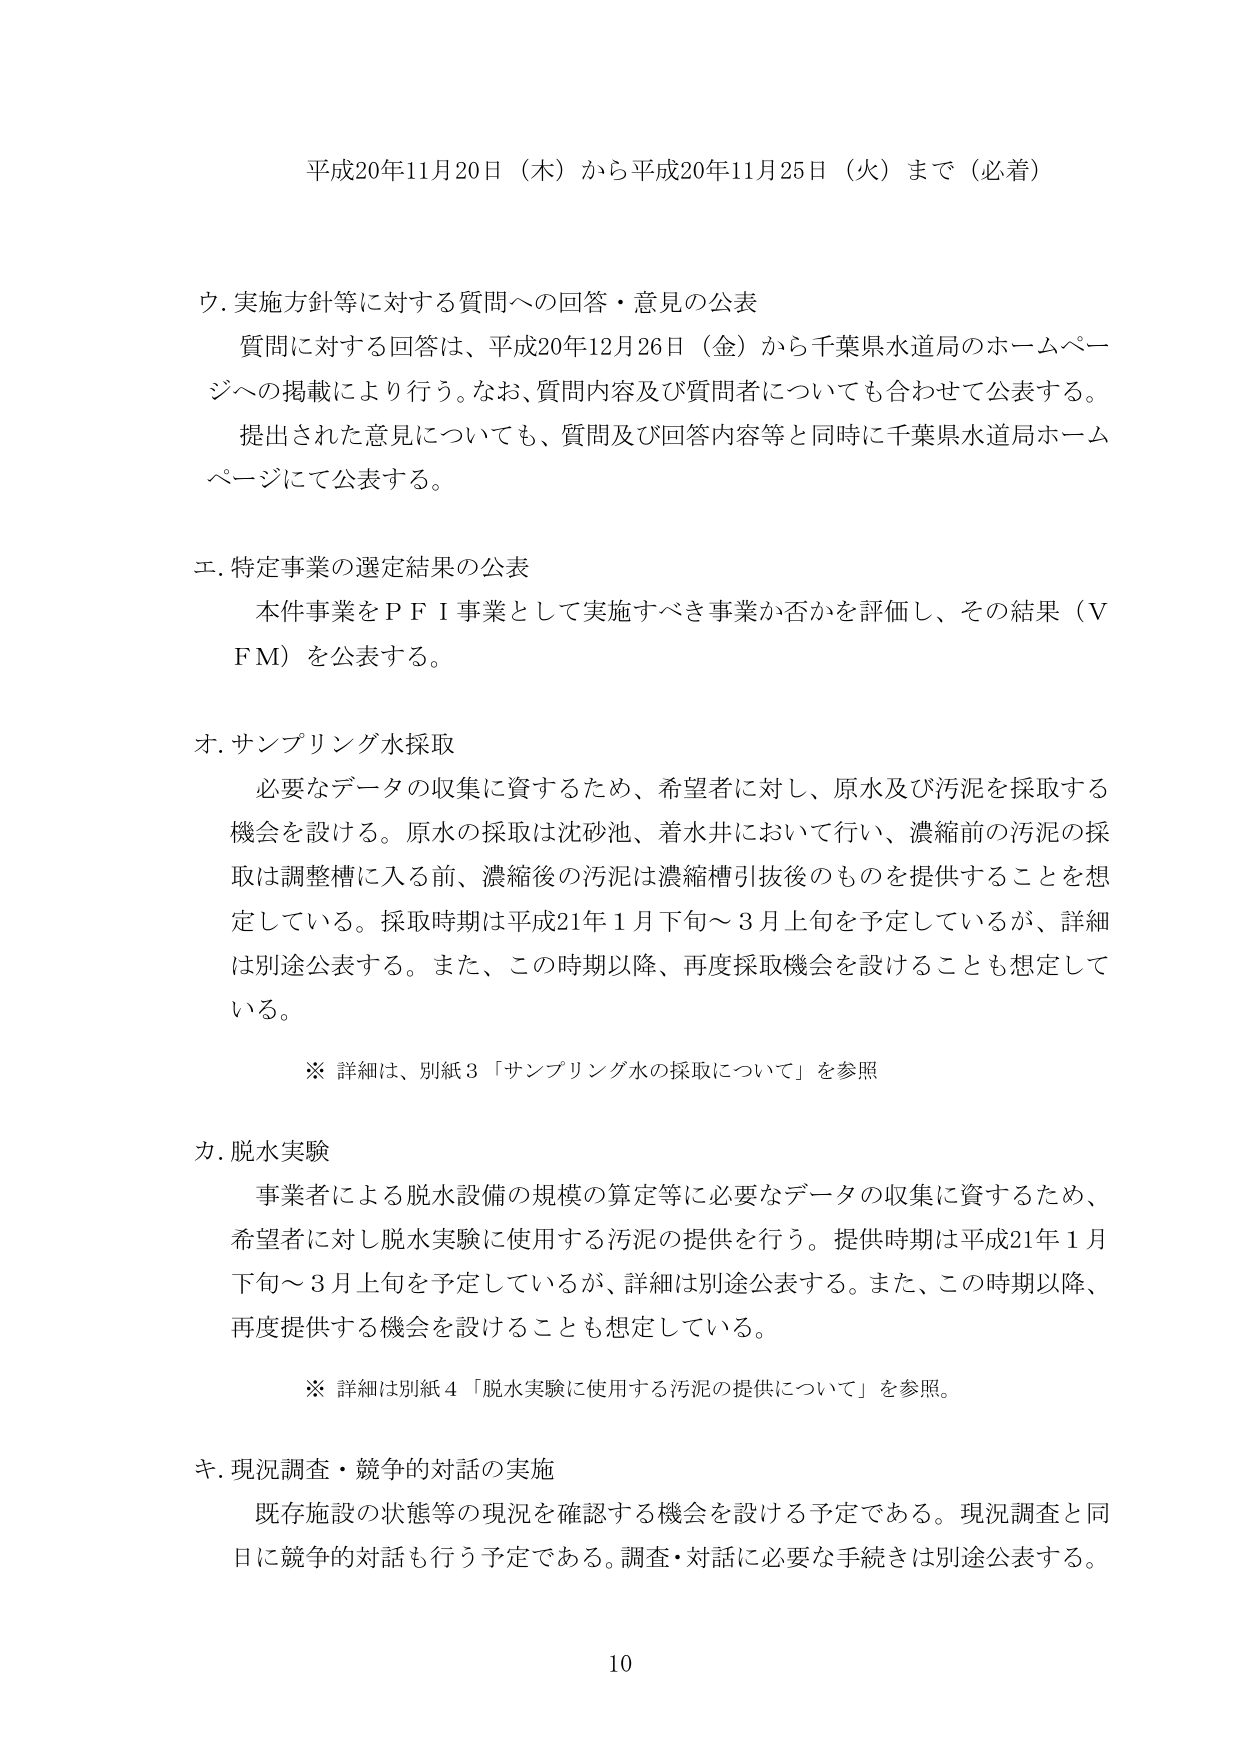
平成20年11月20日（木）から平成20年11月25日（火）まで（必着）

ウ. 実施方針等に対する質問への回答・意見の公表
　質問に対する回答は、平成20年12月26日（金）から千葉県水道局のホームページへの掲載により行う。なお、質問内容及び質問者についても合わせて公表する。
　提出された意見についても、質問及び回答内容等と同時に千葉県水道局ホームページにて公表する。

エ. 特定事業の選定結果の公表
　本件事業をＰＦＩ事業として実施すべき事業か否かを評価し、その結果（ＶＦＭ）を公表する。

オ. サンプリング水採取
　必要なデータの収集に資するため、希望者に対し、原水及び汚泥を採取する機会を設ける。原水の採取は沈砂池、着水井において行い、濃縮前の汚泥の採取は調整槽に入る前、濃縮後の汚泥は濃縮槽引抜後のものを提供することを想定している。採取時期は平成21年1月下旬～3月上旬を予定しているが、詳細は別途公表する。また、この時期以降、再度採取機会を設けることも想定している。

　※ 詳細は、別紙3「サンプリング水の採取について」を参照

カ. 脱水実験
　事業者による脱水設備の規模の算定等に必要なデータの収集に資するため、希望者に対し脱水実験に使用する汚泥の提供を行う。提供時期は平成21年1月下旬～3月上旬を予定しているが、詳細は別途公表する。また、この時期以降、再度提供する機会を設けることも想定している。

　※ 詳細は別紙4「脱水実験に使用する汚泥の提供について」を参照。

キ. 現況調査・競争的対話の実施
　既存施設の状態等の現況を確認する機会を設ける予定である。現況調査と同日に競争的対話も行う予定である。調査・対話に必要な手続きは別途公表する。

10